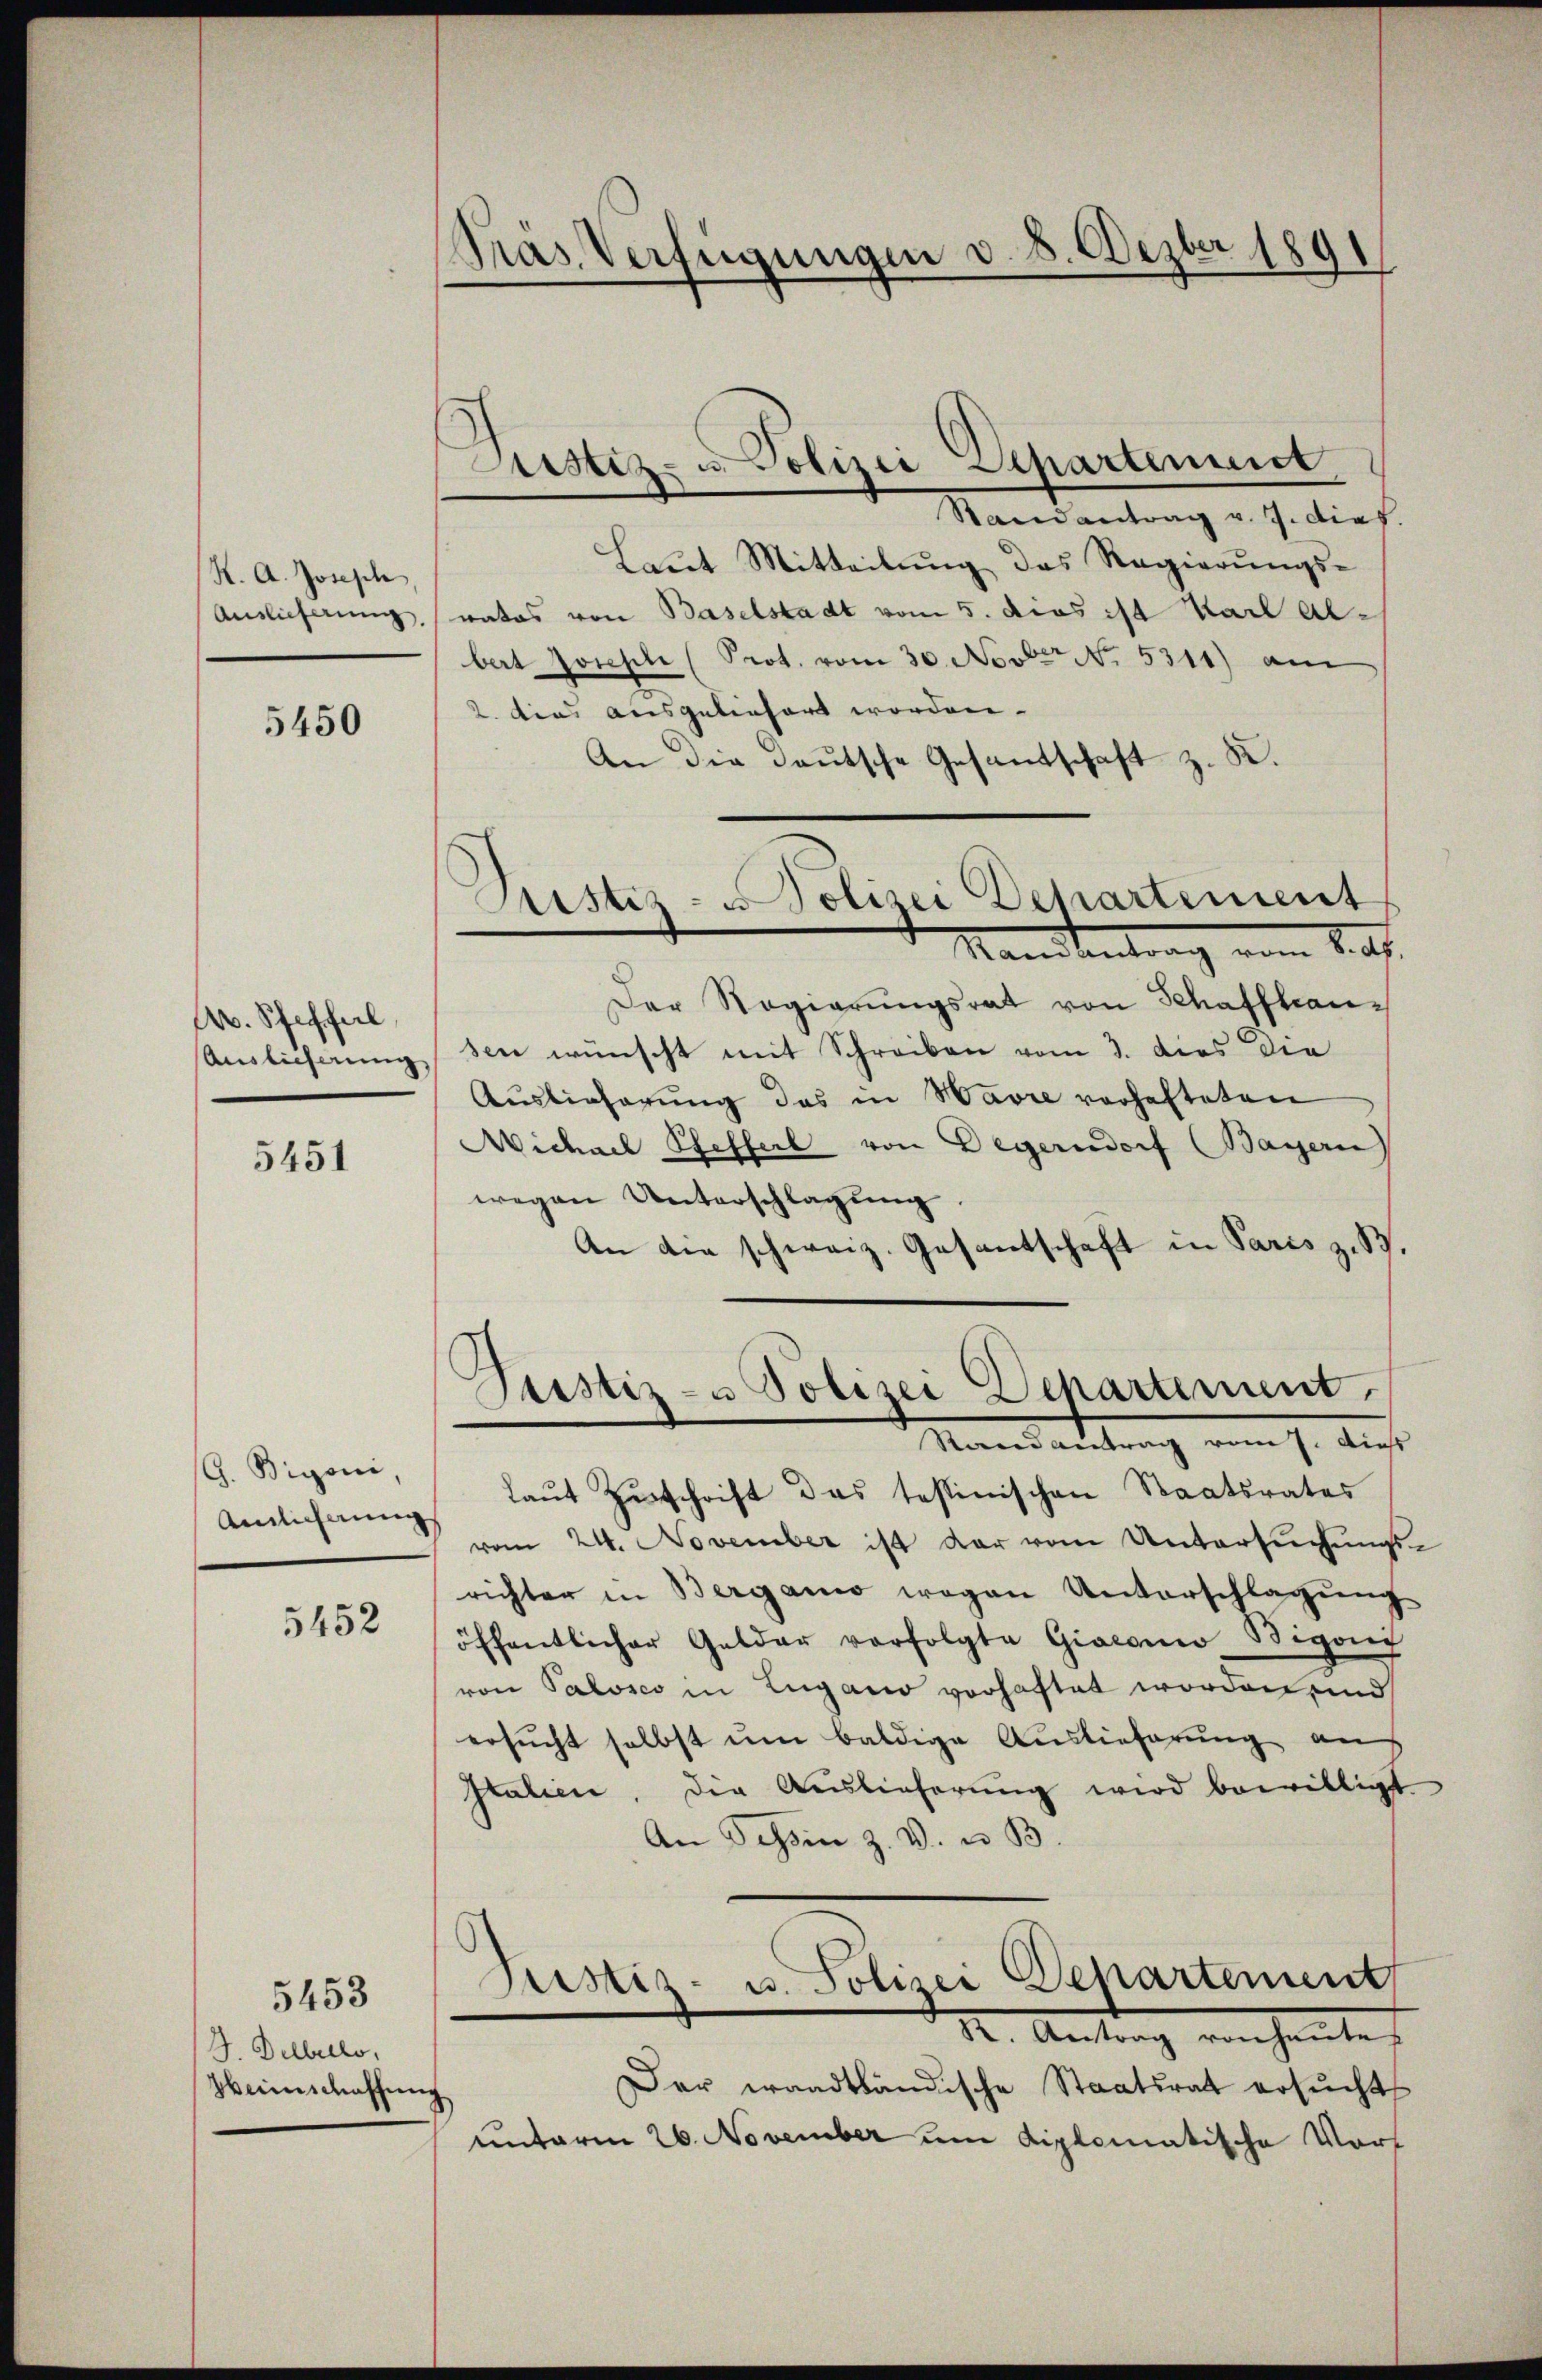
K. A. Joseph
Auslieferung,

5450

A. Schiffal
Auslieferung

5451

G. Bigoni,
Ainlicherung

5452

J. Delbello,
Heimschaffen

5453

Pras. Verfügungen v. 8. Dezber 1891

Astiz- & Polizei Separtinuit

Raendantrag v. 7. dies
Laŭt Mitteilŭng das Regierŭngs-
vatos von Baselstadt vom 5. dies ist Karl Albert Joseph (Prot. vom 30. Nov No. 5311) am
2. dies ausgeliefert worden.
An die deutsche Gesandschaft z. K.
Der Regierungsrat von Schaffhausen wünscht mit Schreiben vom 3. dies die
Auslieferŭng das in Havre vorhafteten
Michael Pfefferl von Degerndorf (Bayern)
wegen Unterschlagung
An die schweiz. Gesantschaft in Paris z. S.
Justiz- u Polizei Departement,
Randantrag vom 7. dieß
laŭt Zŭschrift das testinischen Staatsrates
vom 24. November ist dar vom Untersuchungsrichter in Berganio wegen Unterschlagung
öffentlicher Gelder verfolgte Giaconio Wigang
von Palosco in Lugano vorhaftet worden, und
ersucht selbst um baldige Auslieferung auf
Italien, die Auslieferung wird bewilligt
An Tessin z. V. u. B
Fristiz- u. Polizei Departement
X. Antrag von heute.
Der waadtländische Staatsrat ersucht
unterm 26. November um diplomatische Vort

Justiz- u Polizei Departement
Sandleintrag vom 8. d.